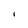
Character: l